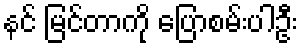
နင် မြင်တာကို ပြောစမ်းပါဦး